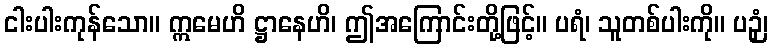
ငါးပါးကုန်သော။ ဣမေဟိ ဋ္ဌာနေဟိ၊ ဤအကြောင်းတို့ဖြင့်။ ပရံ၊ သူတစ်ပါးကို။ ပဉှံ၊